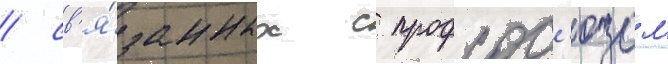
/ св'я́занных с профсос'юзом